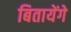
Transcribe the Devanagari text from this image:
बितायेंगे